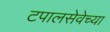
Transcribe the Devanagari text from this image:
टपालसेवेच्या